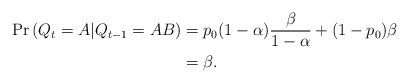
LaTeX: \begin{align*} \Pr\left(Q_t=A|Q_{t-1}=AB\right)&=p_0(1-\alpha)\frac{\beta}{1-\alpha}+(1-p_0)\beta\\&=\beta. \end{align*}